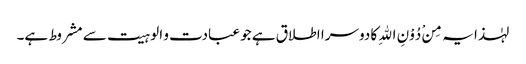
لہٰذا یہ مِنْ دُوْنِ اللهِ کا دوسرا اطلاق ہے جو عبادت و الوہیت سے مشروط ہے۔